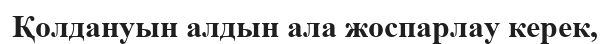
Қолдануын алдын ала жоспарлау керек,